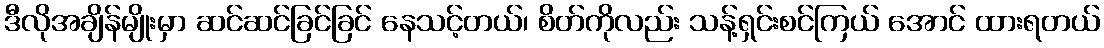
ဒီလိုအချိန်မျိုးမှာ ဆင်ဆင်ခြင်ခြင် နေသင့်တယ်၊ စိတ်ကိုလည်း သန့်ရှင်းစင်ကြယ် အောင် ထားရတယ်